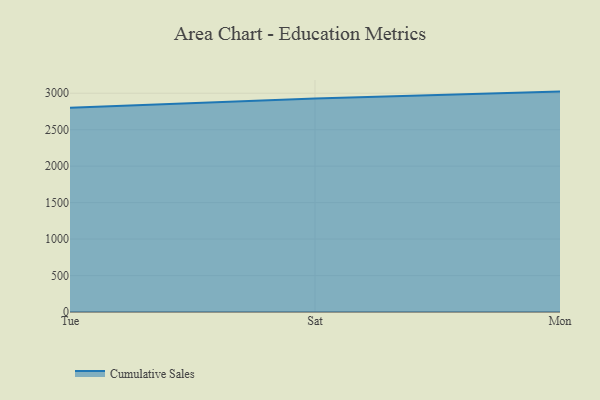
{"axis": {"x": "Day", "y": "Humidity (%)"}, "legend": ["Cumulative Sales"], "data": [{"x": "Tue", "y": 2801.9, "type": "Cumulative Sales"}, {"x": "Sat", "y": 2928.5, "type": "Cumulative Sales"}, {"x": "Mon", "y": 3022.4, "type": "Cumulative Sales"}]}